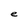
Character: e